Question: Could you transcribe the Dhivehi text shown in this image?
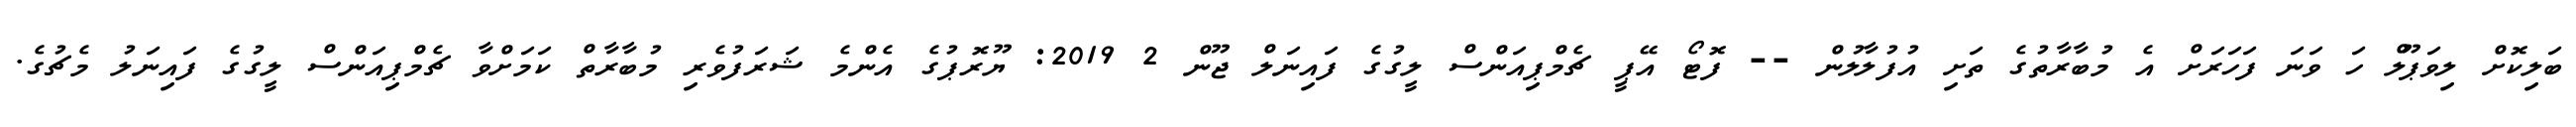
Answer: ބަލިކޮށް ލިވަޕޫލް ހަ ވަނަ ފަހަރަށް އެ މުބާރާތުގެ ތަށި އުފުލާލުން -- ފޮޓޯ އޭޕީ ޗެމްޕިއަންސް ލީގުގެ ފައިނަލް ޖޫން 2 2019: ޔޫރޮޕުގެ އެންމެ ޝަރަފުވެރި މުބާރާތް ކަމަށްވާ ޗެމްޕިއަންސް ލީގުގެ ފައިނަލު މެޗުގެ.